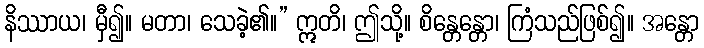
နိဿာယ၊ မှီ၍။ မတာ၊ သေခဲ့၏။” ဣတိ၊ ဤသို့။ စိန္တေန္တော၊ ကြံသည်ဖြစ်၍။ အန္တော